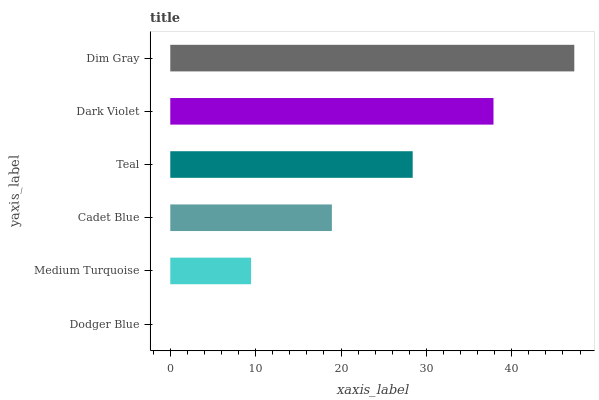
| yaxis_label | bars |
 | --- | --- |
 | Dodger Blue | 0 |
 | Medium Turquoise | 9.46 |
 | Cadet Blue | 18.9 |
 | Teal | 28.4 |
 | Dark Violet | 37.9 |
 | Dim Gray | 47.3 |